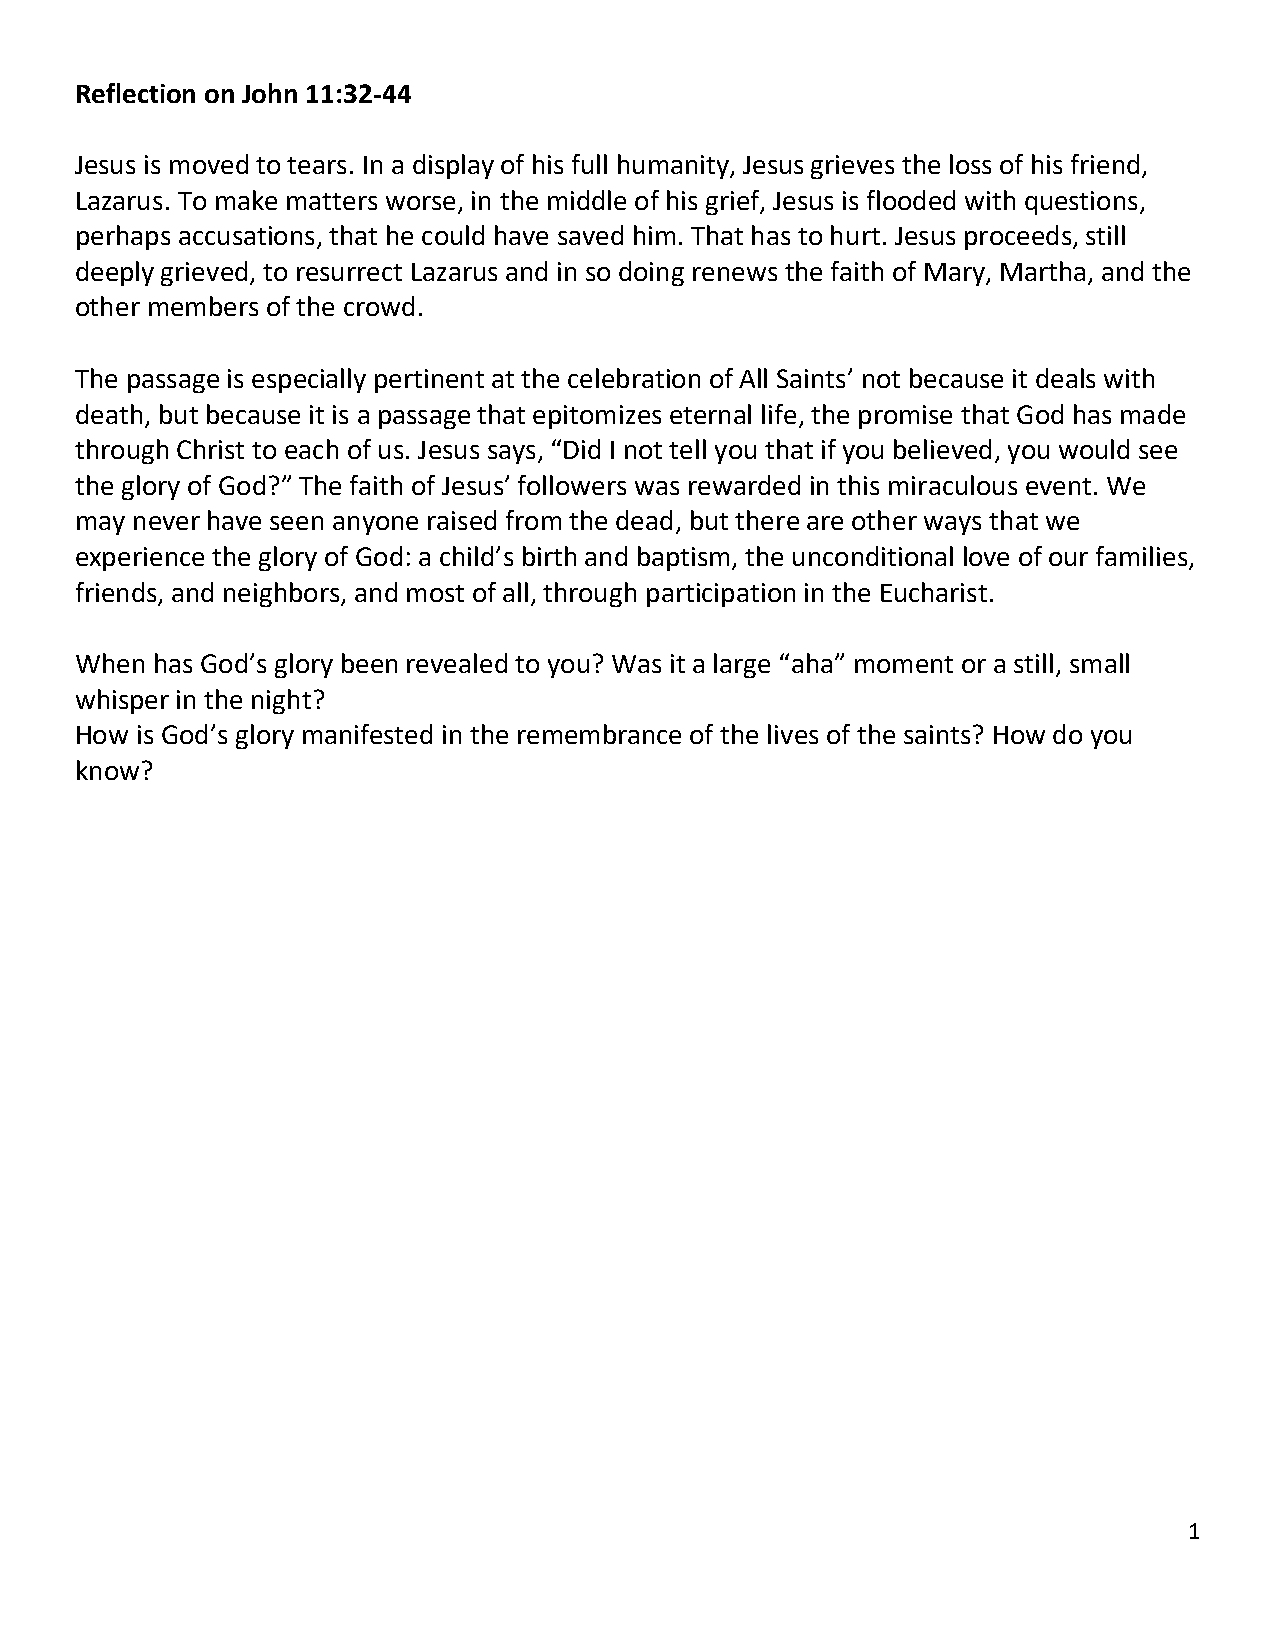
Reflection on John 11:32-44
 Jesus is moved to tears. In a display of his full humanity, Jesus grieves the loss of his friend,
 Lazarus. To make matters worse, in the middle of his grief, Jesus is flooded with questions,
 perhaps accusations, that he could have saved him. That has to hurt. Jesus proceeds, still
 deeply grieved, to resurrect Lazarus and in so doing renews the faith of Mary, Martha, and the
 other members of the crowd.
 The passage is especially pertinent at the celebration of All Saints’ not because it deals with
 death, but because it is a passage that epitomizes eternal life, the promise that God has made
 through Christ to each of us. Jesus says, “Did I not tell you that if you believed, you would see
 the glory of God?” The faith of Jesus’ followers was rewarded in this miraculous event. We
 may never have seen anyone raised from the dead, but there are other ways that we
 experience the glory of God: a child’s birth and baptism, the unconditional love of our families,
 friends, and neighbors, and most of all, through participation in the Eucharist.
 When has God’s glory been revealed to you? Was it a large “aha” moment or a still, small
 whisper in the night?
 How is God’s glory manifested in the remembrance of the lives of the saints? How do you
 know?
 1